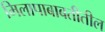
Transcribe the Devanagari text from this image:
मिलापाबाबतीतील